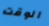
الوقت